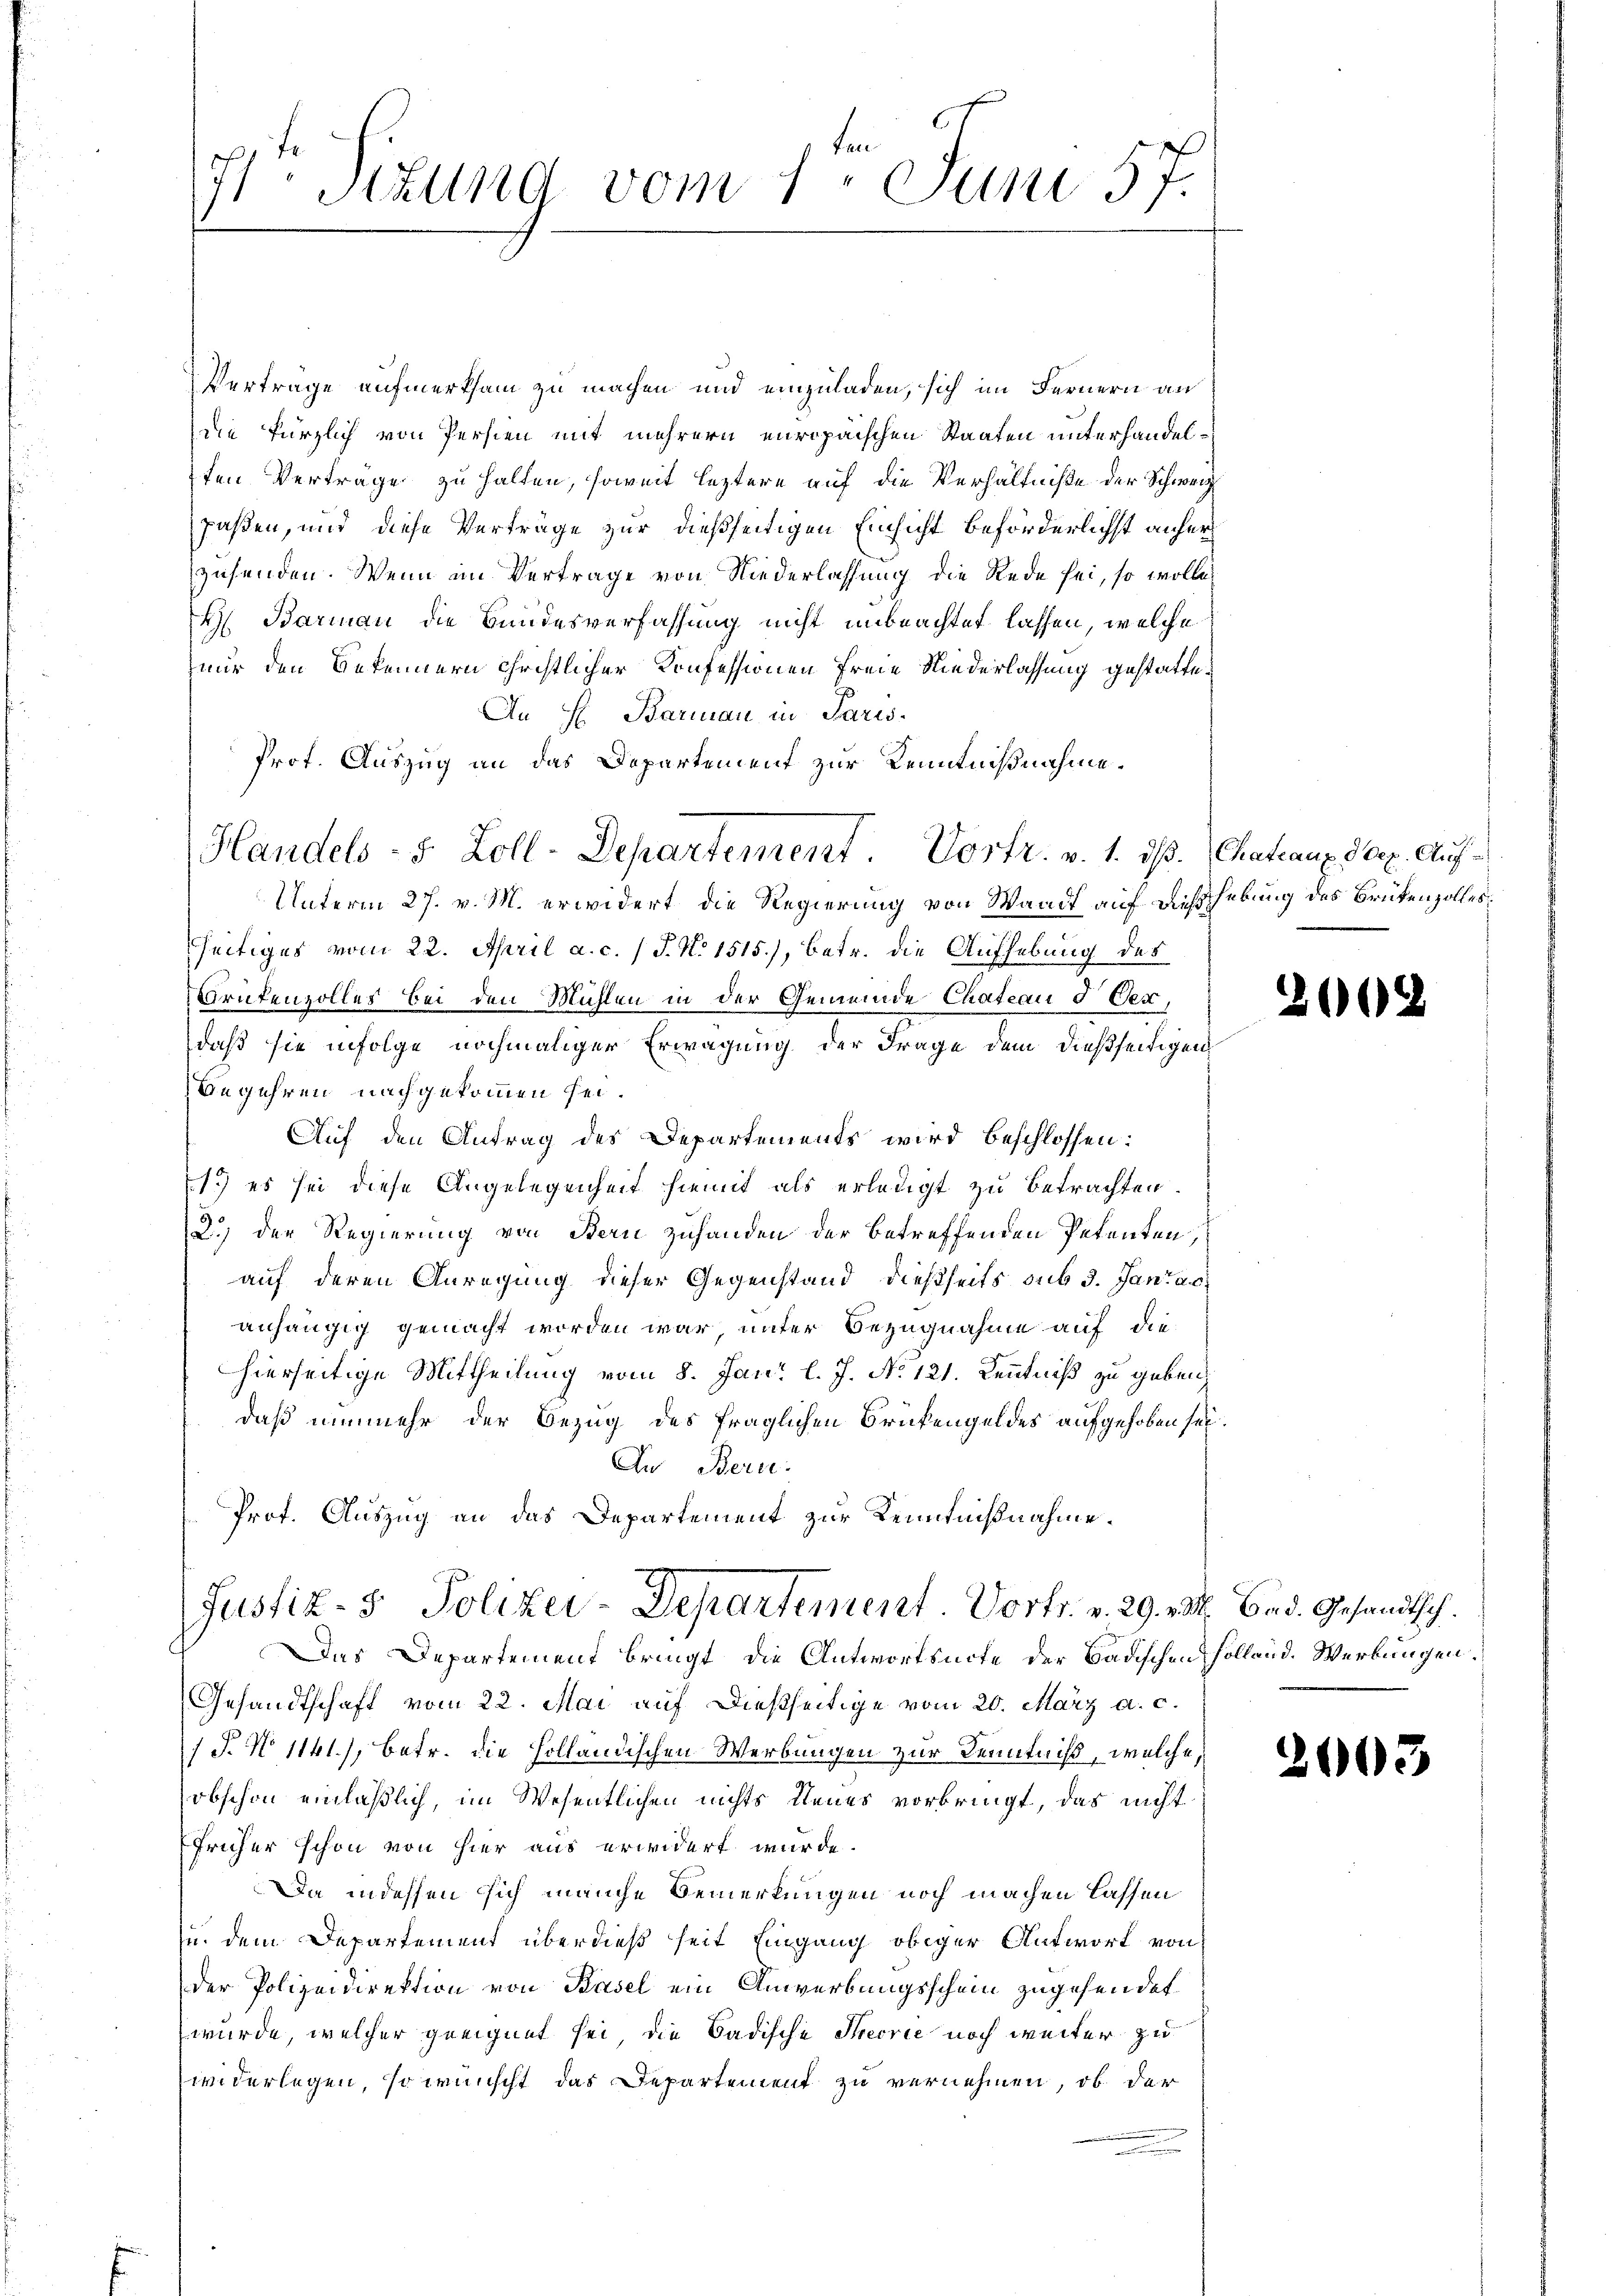
Stzung vom 1. Juni 57.

Prot. Auszug an das Departement zur Kenntnißnahme.
Handels- 5. Zoll-Departement. Vortr. v. 1. ds. Chateauz 30. Auf¬

Verträge aufmerksam zu machen und einzuladen, sich im Fernern an
die kürzlich von Persien mit mehrern europaischen Staaten unterhandelten Verträge zu halten, soweit leztere auf die Verhältniße der Schweiz
faßen, und diese Verträge zur dießseitigen Einsicht beförderlichst anherzusenden. Wenn im Vertrage von Niederlassung die Rede sei, so wolle
H. Barman die Bundesverfassung nicht unbeachtet lassen, welche
nur den Bekennern christlicher Konfessionen freie Niederlassung gestatte¬
An H. Barman in Paris.
Unterm 27. v. M. erwidert die Regierung von Waadt auf dießshebung des Brükenzolles
seitiges vom 22. April a. c. / J. N. 1515), betr. die Aufhebung des
Brufenzolles bei den Mühlen in der Gemeinde Chateau d Verdaß sie infolge nochmaliger Erwägung der Frage dem dießseitigen,
Begehren nachgekommen sei.
Auf den Antrag des Departements wird beschlossen:
1.) es sei diese Angelegenheit hiemit als erledigt zu betrachten.
2.) Der Regierung von Bern zuhanden der betreffenden Petenten,
auf deren Anregung dieser Gegenstand dießseits sub 3. Jantac
anhängig gemacht worden war unter Bezugnahme auf die
hierseitige Mittheilung vom 8. Jan. l. J. N. 121. Kenntniß zu geben,
daß nunmehr der Bezug des fraglichen Brückengeldes aufgehoben sei.
An Bern.
Prot. Auszug an das Departement zur Kenntnißnahme¬
Justiz- & Polizei-Departement. Vortr. v. 29. 22. d. Gesandtsch
Das Departement bringt, die Antwortsnote der Badischen Holland. Werbungen.
Gesandtschaft vom 22. Mai auf dießseitige vom 20. März a. c.
J. No 1141), Betr. die Holländischen Werbungen zur Kenntniß, welche,
obschon einläßlich, im Wesentlichen nichts Neues vorbringt, das nicht
früher schon von hier aus erwidert wurde.
Da indessen sich manche Bemerkungen noch machen lassen
zu dem Departement überdieß seit Eingang obiger Antwort von
der Polizeidirektion von Basel ein Anwerbungsschein zugehendet
wurde, welcher geeignet sei, die Badische Frecrie noch weiter zu
widerlegen, so wünscht das Departement zu vernehmen, ob der

2068

2003